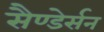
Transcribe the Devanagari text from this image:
सैण्डेर्सन